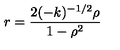
r = \frac { 2 ( - k ) ^ { - 1 / 2 } { \rho } } { 1 - { \rho } ^ { 2 } }